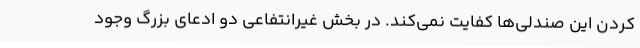
کردن این صندلی‌ها کفایت نمی‌کند. در بخش غیرانتفاعی دو ادعای بزرگ وجود